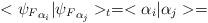
LaTeX: \begin{align*}<{\psi_F}_{\alpha_i}|{\psi_F}_{\alpha_j}>_t = <\alpha_i|\alpha_j> =\end{align*}